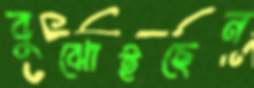
বুঝোইছেন